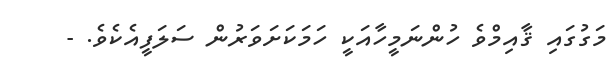
މަގުގައި ޤާއިމްވެ ހުންނަމީހާއަކީ ހަމަކަށަވަރުން ސަލަފީއެކެވެ. -